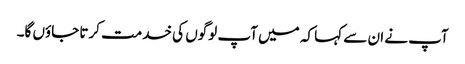
آپ نے ان سے کہا کہ میں آپ لوگوں کی خدمت کرتا جاؤں گا۔